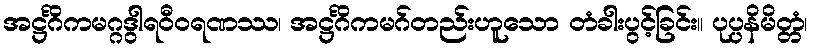
အဋ္ဌင်္ဂိကမဂ္ဂဒွါရဝီဝရဏဿ၊ အဋ္ဌင်္ဂိကမဂ်တည်းဟူသော တံခါးပွင့်ခြင်း။ ပုပ္ပနိမိတ္တံ၊